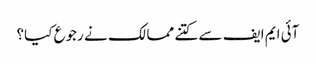
آئی ایم ایف سے کتنے ممالک نے رجوع کیا؟